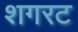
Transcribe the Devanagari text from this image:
शगरट